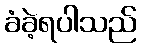
ခံခဲ့ရပါသည်